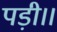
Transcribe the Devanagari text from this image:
पड़ी।।